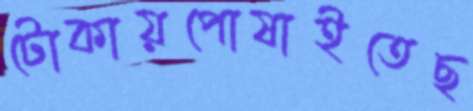
টোকায়পোষাইতেছ